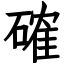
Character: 確